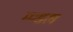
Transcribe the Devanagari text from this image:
म्ण्डल